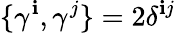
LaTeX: \{ \gamma^{\mathbf{i}},\gamma^{j}\} =2\delta^{\mathbf{i}j}